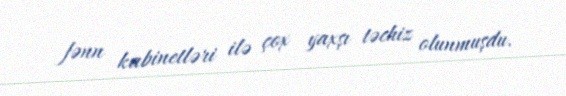
fənn kabinetləri ilə çox yaxşı təchiz olunmuşdu.